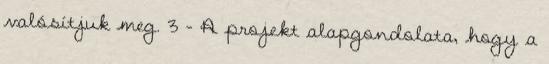
valósítjuk meg. 3 - A projekt alapgondolata, hogy a